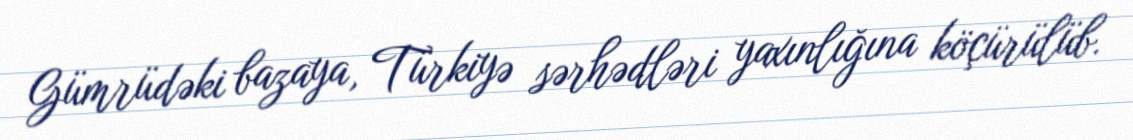
Gümrüdəki bazaya, Türkiyə sərhədləri yaxınlığına köçürülüb.